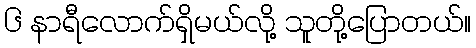
၆ နာရီလောက်ရှိမယ်လို့ သူတို့ပြောတယ်။